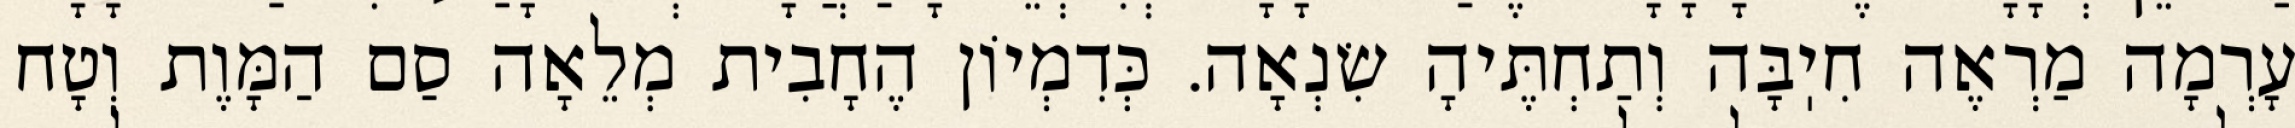
עָרְמָה מַרְאֶה חִיֽבָּה וְתַחְתֶּיהָ שִׂנְאָה. כְּדִמְיוֹן הֶחָבִית מְלֵאָה סַם הַמָּוֶת וְטָח